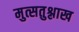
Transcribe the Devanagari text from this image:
मुत्सतुश्लाख